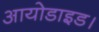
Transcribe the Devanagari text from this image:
आयोडाइड।